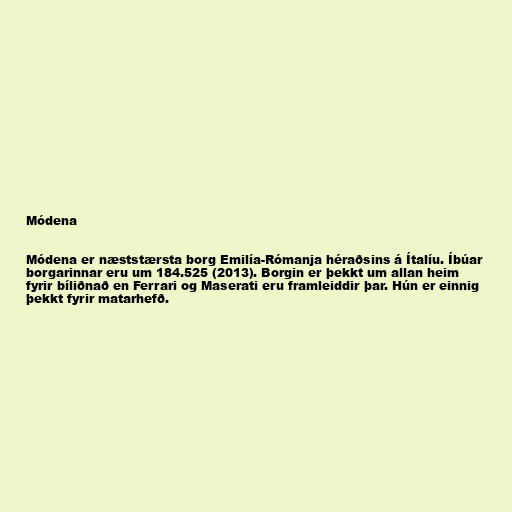
Módena

Módena er næststærsta borg Emilía-Rómanja héraðsins á Ítalíu. Íbúar
borgarinnar eru um 184.525 (2013). Borgin er þekkt um allan heim
fyrir bíliðnað en Ferrari og Maserati eru framleiddir þar. Hún er einnig
þekkt fyrir matarhefð.